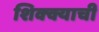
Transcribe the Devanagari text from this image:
शिक्क्याची